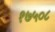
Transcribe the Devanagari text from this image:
१७५०८